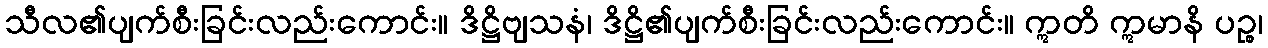
သီလ၏ပျက်စီးခြင်းလည်းကောင်း။ ဒိဋ္ဌိဗျသနံ၊ ဒိဋ္ဌိ၏ပျက်စီးခြင်းလည်းကောင်း။ ဣတိ ဣမာနိ ပဉ္စ၊